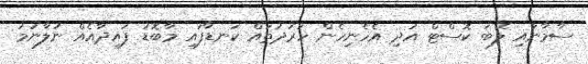
ސާމާނާއި ލޭބަ ކޮސްޓް އަދި އެހެނިހެން ހަރަދުތައް ކަނޑާފައި މާބޮޑު ފައިދާއެއް ނުލާނަމަ